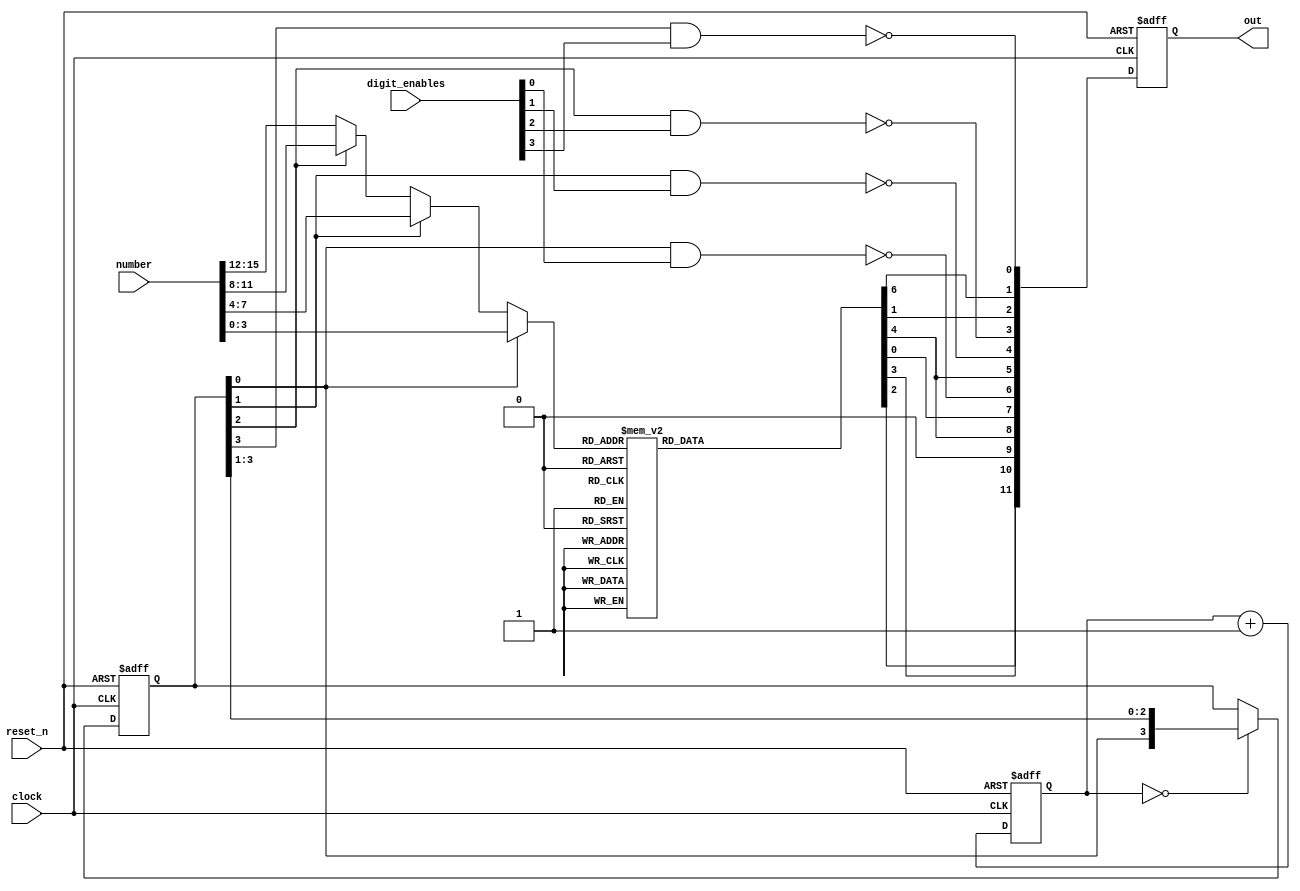
module display_driver
(
    input              clock,
    input              reset_n,
    input      [15: 0] number,
    input      [ 3: 0] digit_enables,
    output reg [ 1:12] out
);

    function [6:0] bcd_to_seg (input [3:0] bcd);

        case (bcd)
        'h0: bcd_to_seg = 'b1111110;  // a b c d e f g
        'h1: bcd_to_seg = 'b0110000;
        'h2: bcd_to_seg = 'b1101101;  //   --a--
        'h3: bcd_to_seg = 'b1111001;  //  |     |
        'h4: bcd_to_seg = 'b0110011;  //  f     b
        'h5: bcd_to_seg = 'b1011011;  //  |     |
        'h6: bcd_to_seg = 'b1011111;  //   --g--
        'h7: bcd_to_seg = 'b1110000;  //  |     |
        'h8: bcd_to_seg = 'b1111111;  //  e     c
        'h9: bcd_to_seg = 'b1111011;  //  |     |
        'ha: bcd_to_seg = 'b1110111;  //   --d-- 
        'hb: bcd_to_seg = 'b0011111;
        'hc: bcd_to_seg = 'b1001110;
        'hd: bcd_to_seg = 'b0111101;
        'he: bcd_to_seg = 'b1001111;
        'hf: bcd_to_seg = 'b1000111;
        endcase

    endfunction

    reg [15:0] counter;

    always @(posedge clock or negedge reset_n)
    begin
        if (! reset_n)
            counter <= 0;
        else
            counter <= counter + 1;
    end

    reg [3:0] digit_select;

    always @(posedge clock or negedge reset_n)
    begin
        if (! reset_n)
            digit_select <= 1;
        else if (counter == 0)
            digit_select <= { digit_select [0], digit_select [3:1] };
    end

    reg [1:12] next_out;
    reg [ 3:0] digit;
    
    reg a, b, c, d, e, f, g, dp;

    always @(*)
    begin
        next_out = out;

        if (digit_select [0])
            digit = number [3:0];
        else if (digit_select [1])
            digit = number [7:4];
        else if (digit_select [2])
            digit = number [11:8];
        else
            digit = number [15:12];

        { a, b, c, d, e, f, g } = bcd_to_seg (digit);
        dp = 0;

        next_out [ 1] = e;
        next_out [ 2] = d;
        next_out [ 3] = dp;
        next_out [ 4] = c;
        next_out [ 5] = g;
        next_out [ 6] = ~ (digit_select [0] & digit_enables [0]);
        next_out [ 7] = c; // b;
        next_out [ 8] = ~ (digit_select [1] & digit_enables [1]);
        next_out [ 9] = ~ (digit_select [2] & digit_enables [2]);
        next_out [10] = f;
        next_out [11] = a;
        next_out [12] = ~ (digit_select [3] & digit_enables [3]);
    end

    always @(posedge clock or negedge reset_n)
    begin
        if (! reset_n)
            out <= 0;
        else
            out <= next_out;
    end

endmodule